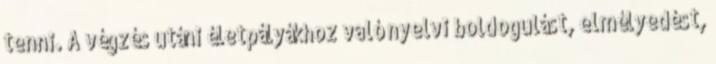
tenni. A végzés utáni életpályákhoz való nyelvi boldogulást, elmélyedést,